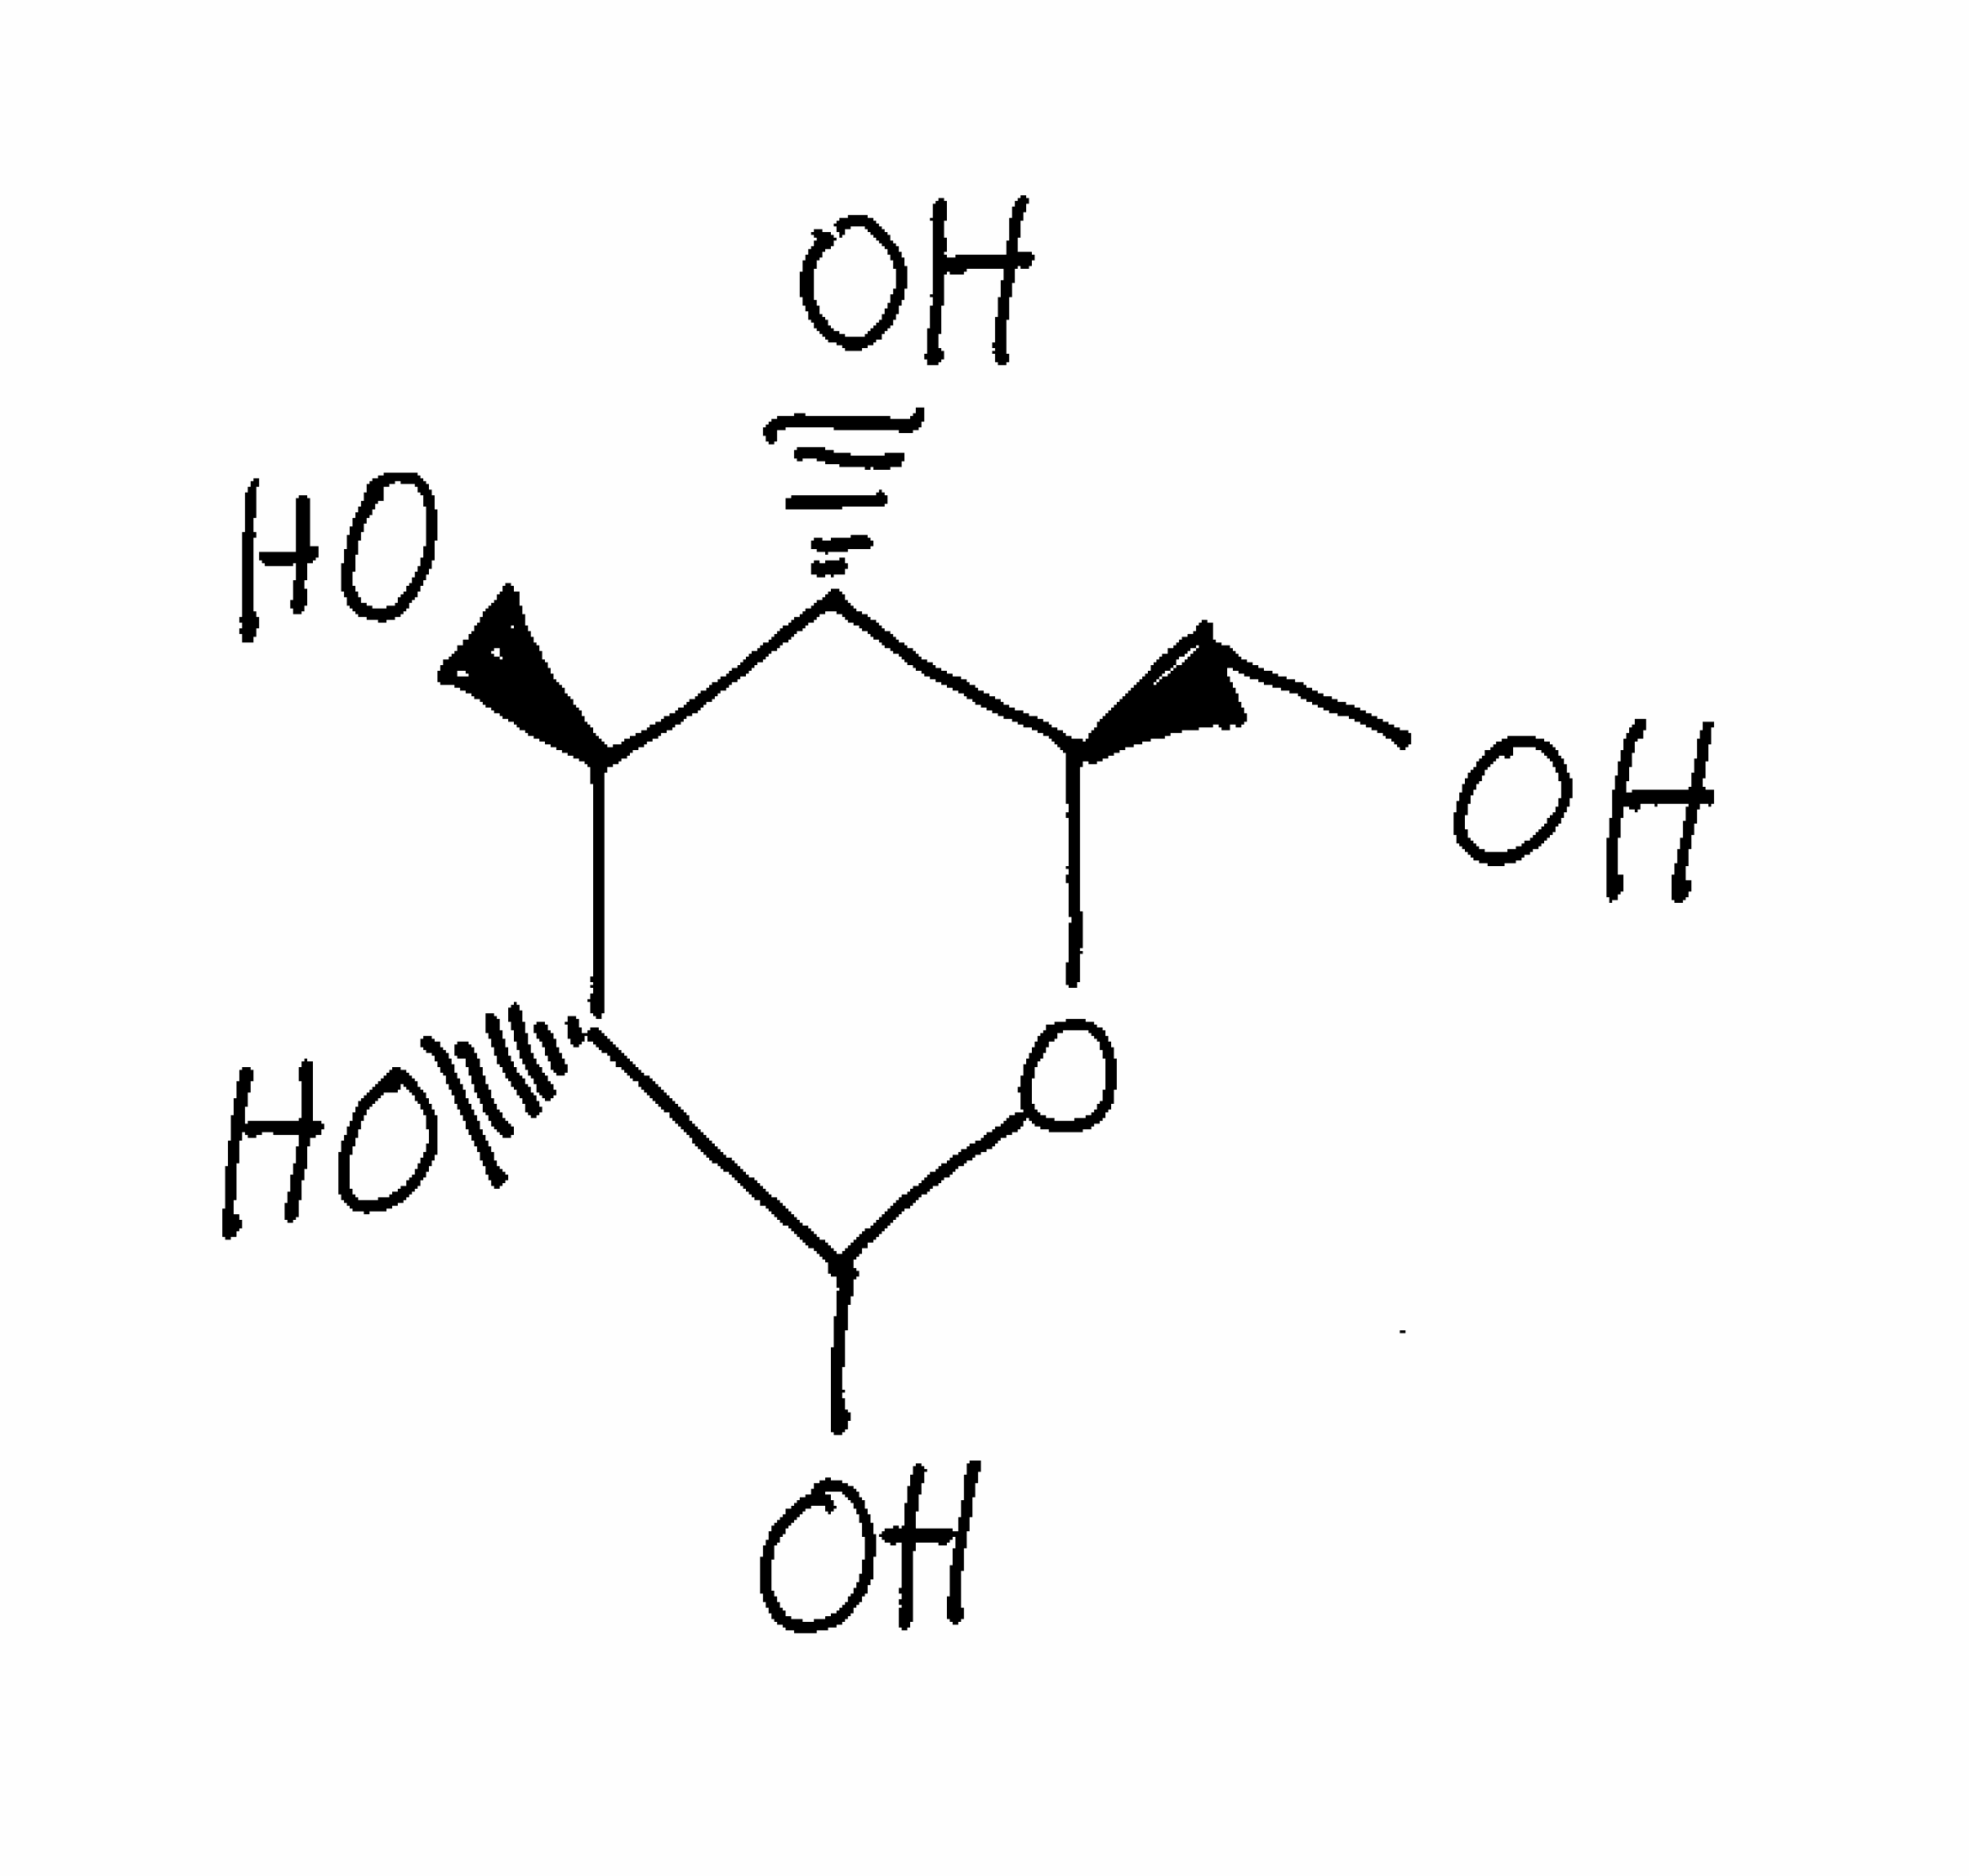
Simplified molecular-input line-entry system (SMILES) notation of the given molecule:
C([C@@H]1[C@H]([C@@H]([C@H](C(O1)O)O)O)O)O